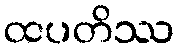
ထပတိဿ